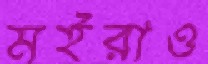
মইরাও